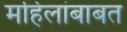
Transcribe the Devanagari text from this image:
महिलांबाबत